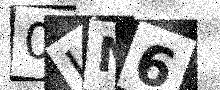
Text: 0LN6